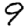
Digit: 9